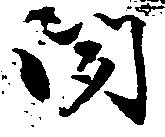
聞